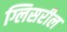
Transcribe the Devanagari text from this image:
ग्लिसरील